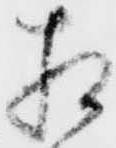
相